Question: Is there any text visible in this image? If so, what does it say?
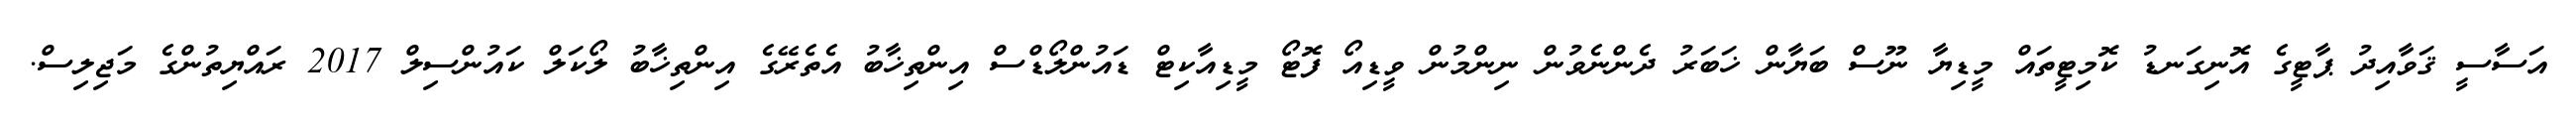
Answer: އަސާސީ ޤަވާއިދު ޕާޓީގެ އޮނިގަނޑު ކޮމިޓީތައް މީޑިޔާ ނޫސް ބަޔާން ޚަބަރު ދެންނެވުން ނިންމުން ވީޑިއޯ ފޮޓޯ މީޑިއާކިޓް ޑައުންލޯޑްސް އިންތިޚާބު އެތެރޭގެ އިންތިޚާބު ލޯކަލް ކައުންސިލް 2017 ރައްޔިތުންގެ މަޖިލިސް.